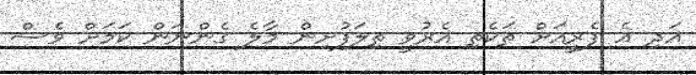
އަދި އެ ފެރީއަށް ތަކެތި އެރުވީ ތިލަފުށިން މާލެ ގެންނަން ކަމަށް ވެސް